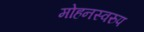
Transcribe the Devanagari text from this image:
मोहनस्वरुप